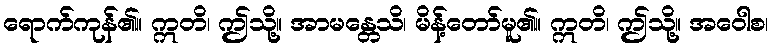
ရောက်ကုန်၏။ ဣတိ၊ ဤသို့။ အာမန္တေသိ၊ မိန့်တော်မူ၏။ ဣတိ၊ ဤသို့။ အဝေါစ၊